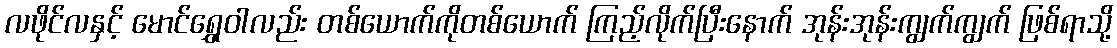
လဖိုင်လနှင့် မောင်ရွှေဝါလည်း တစ်ယောက်ကိုတစ်ယောက် ကြည့်လိုက်ပြီးနောက် အုန်းအုန်းကျွက်ကျွက် ဖြစ်ရာသို့